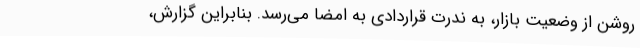
روشن از وضعیت بازار، به ندرت قراردادی به امضا می‌رسد. بنابراین گزارش،